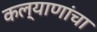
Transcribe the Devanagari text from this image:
कल्याणांचा